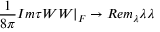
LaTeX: { \frac { 1 } { 8 \pi } } I m \tau W W | _ { F } \rightarrow R e m _ { \lambda } \lambda \lambda